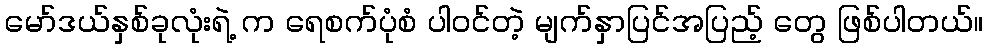
မော်ဒယ်နှစ်ခုလုံးရဲ့ က ရေစက်ပုံစံ ပါဝင်တဲ့ မျက်နှာပြင်အပြည့် တွေ ဖြစ်ပါတယ်။